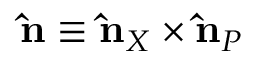
{ \bf \hat { n } } \equiv { \bf \hat { n } } _ { X } \times { \bf \hat { n } } _ { P }